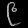
Digit: ၉